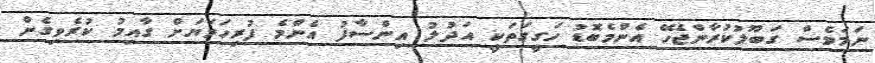
ނަމަވެސް ގަބޫލުކުރާންޖެހޭ އެންމެބޮޑު ހަގީގަތަކީ އަދުލު އިންސާފު އެންމެ ފުރިހަމަޔަށް ގާއިމު ކުރެވިގެން